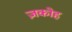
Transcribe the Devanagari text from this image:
ज़कोह